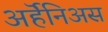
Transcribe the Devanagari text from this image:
अर्हॆनिअस